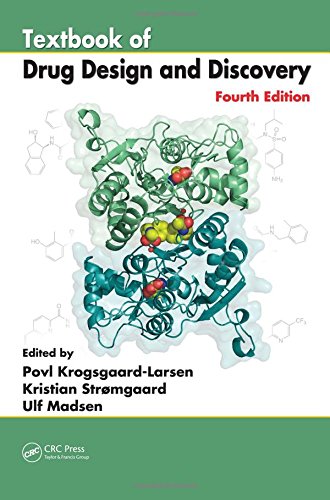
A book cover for Textbook of Drug Design and Discovery, Fourth Edition; Medical Books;